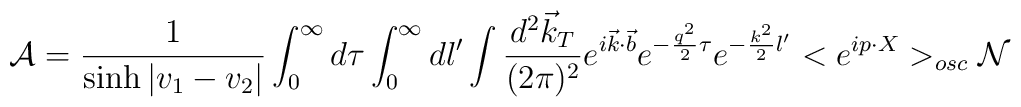
{\cal A} = \frac 1{\sinh |v_1 - v_2|} \int_0^\infty d\tau \int_0^\infty dl^\prime \int \frac {d^2 \vec k_{T}}{(2 \pi)^2} e^{i \vec k\cdot \vec b}e^{- \frac {q^2}2 \tau} e^{- \frac {k^2}2 l^\prime} <e^{i p \cdot X}>_{osc}{\cal N}